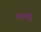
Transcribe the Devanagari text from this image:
मनमदुरै